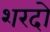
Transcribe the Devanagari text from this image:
शरदो